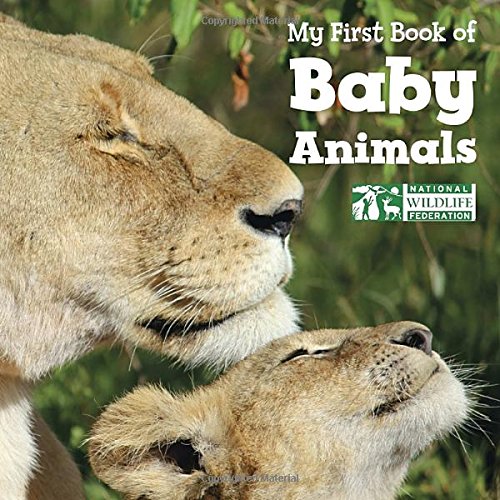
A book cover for My First Book of Baby Animals (National Wildlife Federation); National Wildlife Federation; Children's Books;